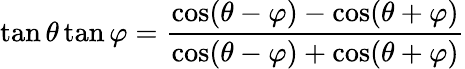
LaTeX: \tan\theta\tan\varphi={\frac{\cos(\theta-\varphi)-\cos(\theta+\varphi)}{\cos(\theta-\varphi)+\cos(\theta+\varphi)}}